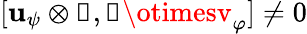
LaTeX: [\mathbf{u}_{\psi}\otimes\mathbb{{1}},\mathbb{{1}}\otimesv_{\varphi}]\neq0